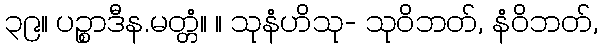
၃၉။ ပဉ္စာဒီန.မတ္တံ။ ။ သုနံဟိသု- သုဝိဘတ်, နံဝိဘတ်,